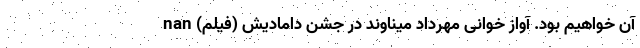
آن خواهیم بود. آواز خوانی مهرداد میناوند در جشن دامادیش (فیلم) nan